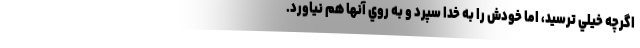
اگرچه خيلي ترسيد، اما خودش را به خدا سپرد و به روي آنها هم نياورد.